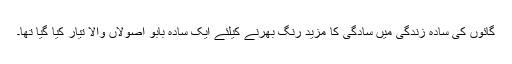
گائوں کی سادہ زندگی میں سادگی کا مزید رنگ بھرنے کیلئے ایک سادہ بابو اصولاں والا تیار کیا گیا تھا۔